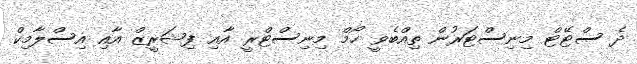
ދެ ސްޓޭޓް މިނިސްޓަރުން ތިއްބެވީ ހޯމް މިނިސްޓްރީ އާއި ފިޝަރީޒް އާއި އިސްލާމިކް